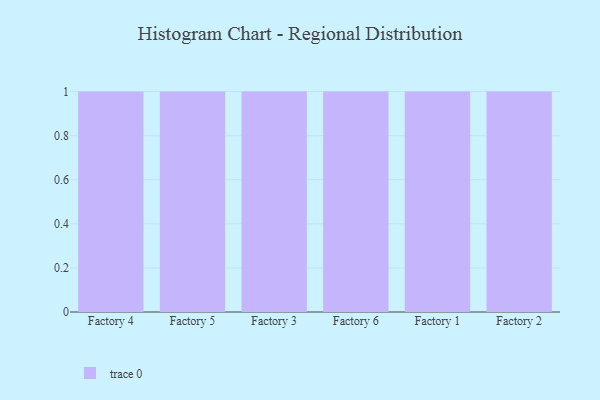
{"axis": {"x": "Factory", "y": "Population (Million)"}, "legend": [""], "data": [{"x": "Factory 4", "y": 80, "type": ""}, {"x": "Factory 5", "y": 25, "type": ""}, {"x": "Factory 3", "y": 18, "type": ""}, {"x": "Factory 6", "y": 61, "type": ""}, {"x": "Factory 1", "y": 61, "type": ""}, {"x": "Factory 2", "y": 50, "type": ""}]}